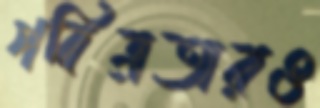
পবিত্রতারও